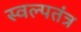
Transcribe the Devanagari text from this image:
स्वल्पतंत्र